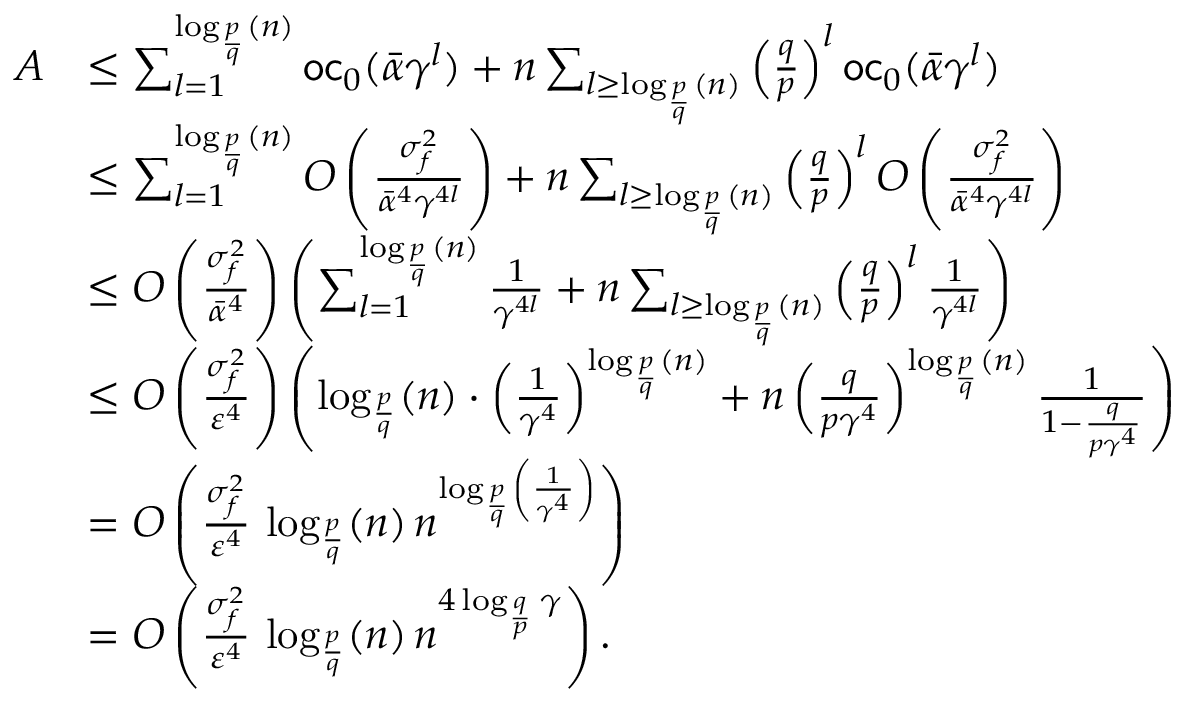
\begin{array} { r l } { A } & { \leq \sum _ { l = 1 } ^ { \log _ { \frac { p } { q } } ( n ) } \mathsf { o c } _ { 0 } ( \bar { \alpha } \gamma ^ { l } ) + n \sum _ { l \geq \log _ { \frac { p } { q } } ( n ) } \left( \frac { q } { p } \right) ^ { l } \mathsf { o c } _ { 0 } ( \bar { \alpha } \gamma ^ { l } ) } \\ & { \leq \sum _ { l = 1 } ^ { \log _ { \frac { p } { q } } ( n ) } { \cal O } \left( \frac { \sigma _ { f } ^ { 2 } } { \bar { \alpha } ^ { 4 } \gamma ^ { 4 l } } \right) + n \sum _ { l \geq \log _ { \frac { p } { q } } ( n ) } \left( \frac { q } { p } \right) ^ { l } { \cal O } \left( \frac { \sigma _ { f } ^ { 2 } } { \bar { \alpha } ^ { 4 } \gamma ^ { 4 l } } \right) } \\ & { \leq { \cal O } \left( \frac { \sigma _ { f } ^ { 2 } } { \bar { \alpha } ^ { 4 } } \right) \left( \sum _ { l = 1 } ^ { \log _ { \frac { p } { q } } ( n ) } \frac { 1 } { \gamma ^ { 4 l } } + n \sum _ { l \geq \log _ { \frac { p } { q } } ( n ) } \left( \frac { q } { p } \right) ^ { l } \frac { 1 } { \gamma ^ { 4 l } } \right) } \\ & { \leq { \cal O } \left( \frac { \sigma _ { f } ^ { 2 } } { \varepsilon ^ { 4 } } \right) \left( \log _ { \frac { p } { q } } ( n ) \cdot \left( \frac { 1 } { \gamma ^ { 4 } } \right) ^ { \log _ { \frac { p } { q } } ( n ) } + n \left( \frac { q } { p \gamma ^ { 4 } } \right) ^ { \log _ { \frac { p } { q } } ( n ) } \frac { 1 } { 1 - \frac { q } { p \gamma ^ { 4 } } } \right) } \\ & { = { \cal O } \left( \frac { \sigma _ { f } ^ { 2 } } { \varepsilon ^ { 4 } } \, \log _ { \frac { p } { q } } ( n ) \, n ^ { \log _ { \frac { p } { q } } \left( \frac { 1 } { \gamma ^ { 4 } } \right) } \right) } \\ & { = { \cal O } \left( \frac { \sigma _ { f } ^ { 2 } } { \varepsilon ^ { 4 } } \, \log _ { \frac { p } { q } } ( n ) \, n ^ { 4 \log _ { \frac { q } { p } } \gamma } \right) . } \end{array}